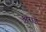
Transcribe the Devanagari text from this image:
अराइ